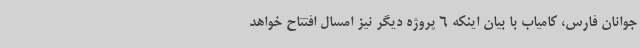
جوانان فارس، کامیاب با بیان اینکه 6 پروژه دیگر نیز امسال افتتاح خواهد